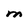
Character: M